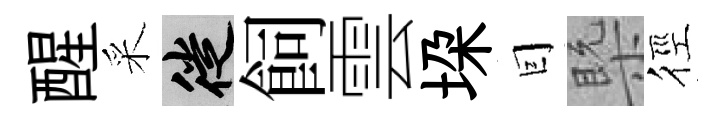
醒采徙飼雲垜囙槩徑